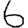
Digit: 6